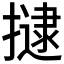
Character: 𭢡